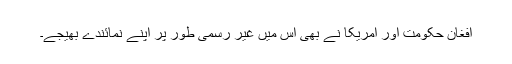
افغان حکومت اور امریکا نے بھی اس میں غیر رسمی طور پر اپنے نمائندے بھیجے۔